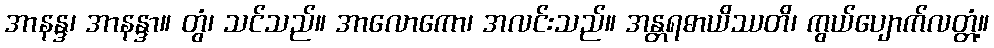
အာနန္ဒ၊ အာနန္ဒာ။ တွံ၊ သင်သည်။ အာလောကော၊ အလင်းသည်။ အန္တရဓာယိဿတိ၊ ကွယ်ပျောက်လတ္တံ့။